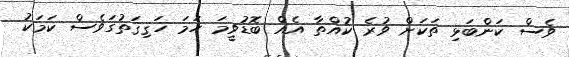
ވެސް ކަންބަޅި ތަކަށް ވުރެ ކުއްތާ އެއް ބޮޑުވީމަ ހަމަ ހަޤިޤަތުގަވެސް ކަމަކު